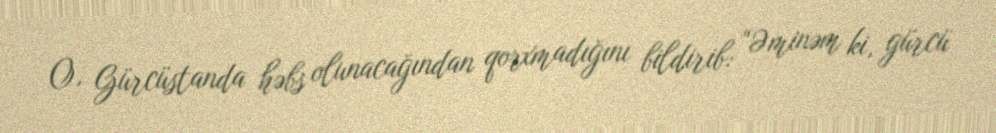
O, Gürcüstanda həbs olunacağından qorxmadığını bildirib: “Əminəm ki, gürcü